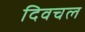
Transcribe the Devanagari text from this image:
दिवचल